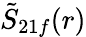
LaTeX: \tilde{S}_{21f}(r)